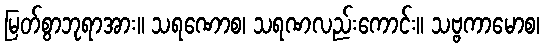
မြတ်စွာဘုရာအား။ သရဏောစ၊ သရဏလည်းကောင်း။ သဗ္ဗကာမောစ၊